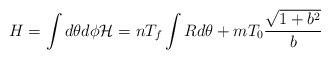
LaTeX: \begin{align*}H = \int d\theta d\phi {\cal H} = n T_f \int R d\theta + m T_0 \frac{\sqrt{1 + b^2}}{b}\end{align*}